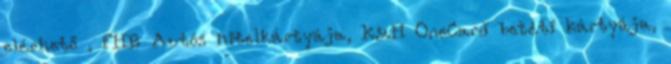
elérhető , FHB Autós hitelkártyája, K&H OneCard betéti kártyája,